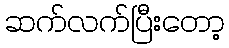
ဆက်လက်ပြီးတော့